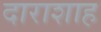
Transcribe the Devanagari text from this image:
दाराशाह